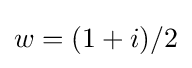
w=(1+i)/2